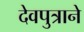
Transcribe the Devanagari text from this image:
देवपुत्राने